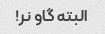
البته گاو نر!